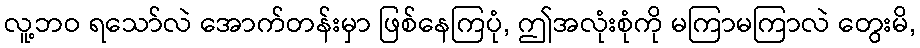
လူ့ဘဝ ရသော်လဲ အောက်တန်းမှာ ဖြစ်နေကြပုံ, ဤအလုံးစုံကို မကြာမကြာလဲ တွေးမိ,